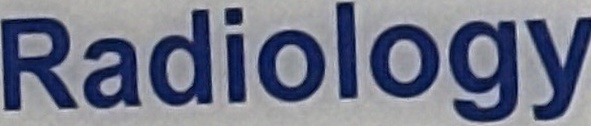
Radiology